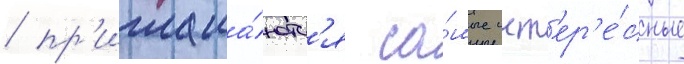
/ пр'иглаша́ютс'я са́мые инт'ер'е́сные